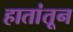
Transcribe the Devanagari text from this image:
हातांतून